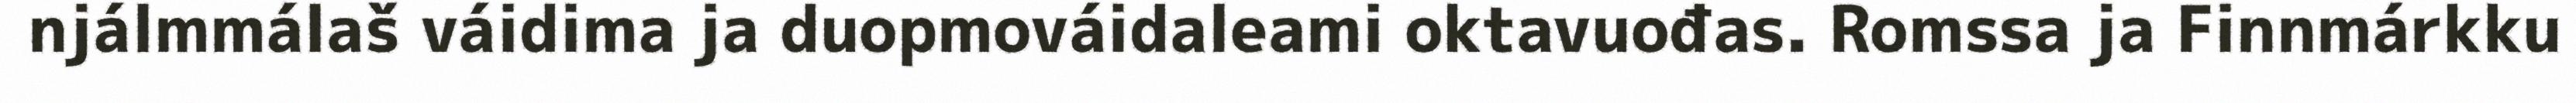
njálmmálaš váidima ja duopmováidaleami oktavuođas. Romssa ja Finnmárkku